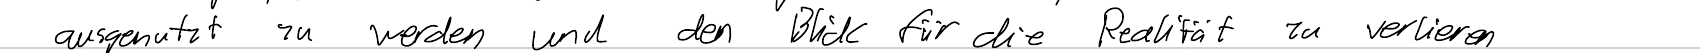
ausgenutzt zu werden und den Blick für die Realität zu verlieren